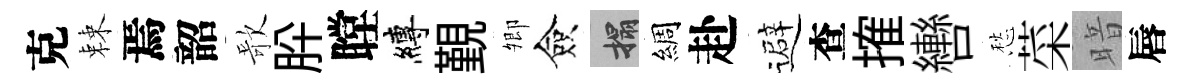
克棘焉韶歌肸瞠縛覲𡖖僉搨綢赴避查搉轡愁菜暗唇